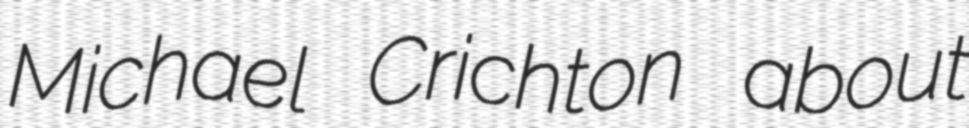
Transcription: Michael Crichton about